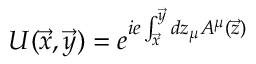
U ( \vec { x } , \vec { y } ) = e ^ { i e \int _ { \vec { x } } ^ { \vec { y } } d z _ { \mu } A ^ { \mu } ( \vec { z } ) }